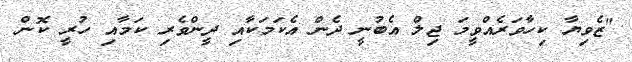
"ޒެވިޔާ ކިހާވަރެއްވީމަ ޖިލް އެބުނީ ދެން އެކަމަކާއި ދީންވެރި ކަމާއި ހުރީ ކޮން